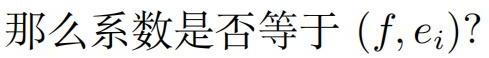
那么系数是否等于 $(f,e_i)?$